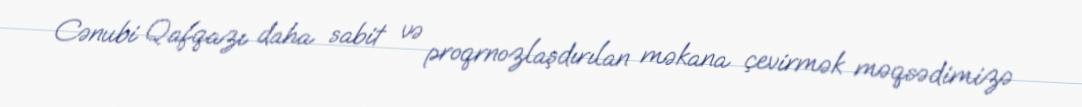
Cənubi Qafqazı daha sabit və proqrnozlaşdırılan məkana çevirmək məqsədimizə